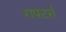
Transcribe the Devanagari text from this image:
राफ्टर्स